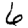
Digit: 6